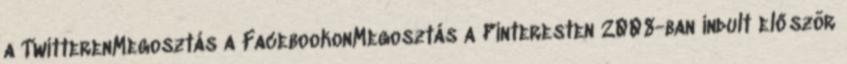
a TwitterenMegosztás a FacebookonMegosztás a Pinteresten 2008-ban indult először